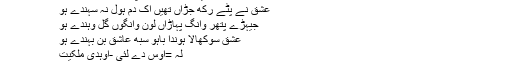
لہ ہو غیری دھندے ہک پل مول نہ رہندے ہُو
عشق نے پُٹے رکھ جڑاں تھیں اک دم ہول نہ سہندے ہُو
جیہڑے پتھر وانگ پہاڑاں لون وانگوں گل وہندے ہُو
عشق سوکھالا ہوندا باہُو سبھ عاشق بن بہندے ہُو
لَہ =اوس دے لئی -اوہدی ملکیت
لَہ ہونا=فقردا اوس حالت وچ ہونا جدوں اوہ سمجھے کہ میں صرف رب دی لکیت ہاں یا اوسے لئی ہاں۔